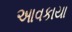
આવકાયા